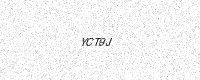
Text: YCT9J